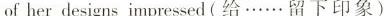
of her designs impressed (给 … … 留下印象)